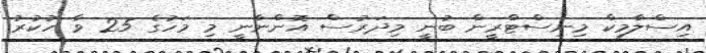
އިސްލާމިކް މިނިސްޓްރީން ބުނީ މިދަރުސް އޮންނާނީ މި މަހުގެ 25 ވާ ހުކުރު